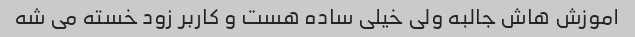
اموزش هاش جالبه ولی خیلی ساده هست و کاربر زود خسته می شه